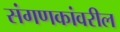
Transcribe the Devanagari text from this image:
संगणकांवरील